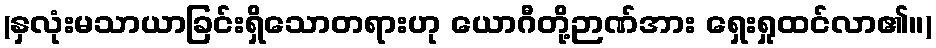
(နှလုံးမသာယာခြင်းရှိသောတရားဟု ယောဂီတို့ဉာဏ်အား ရှေးရှုထင်လာ၏။)